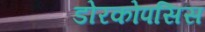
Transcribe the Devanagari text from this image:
डोरकोपसिस